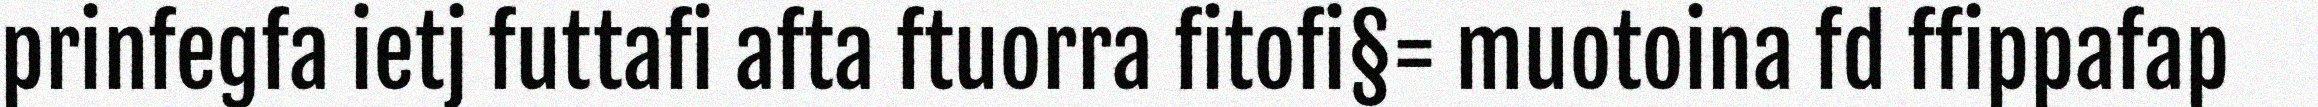
prinfegfa ietj futtafi afta ftuorra fitofi§= muotoina fd ffippafap